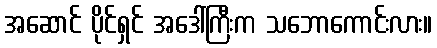
အဆောင် ပိုင်ရှင် အဒေါ်ကြီးက သဘောကောင်းလား။